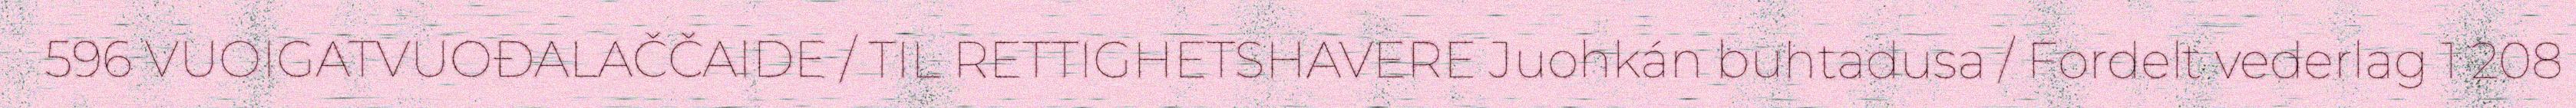
596 VUOIGATVUOĐALAČČAIDE / TIL RETTIGHETSHAVERE Juohkán buhtadusa / Fordelt vederlag 1 208